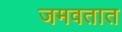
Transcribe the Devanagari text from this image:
जमवतात